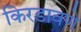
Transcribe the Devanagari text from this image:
किरडावणे